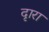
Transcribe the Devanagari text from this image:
दृारा